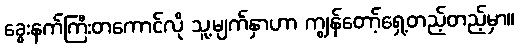
ခွေးနက်ကြီးတကောင်လို သူ့မျက်နှာဟာ ကျွန်တော့်ရှေ့တည့်တည့်မှာ။